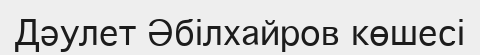
Дәулет Әбілхайров көшесі